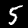
Label: 5